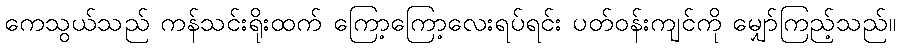
ကေသွယ်သည် ကန်သင်းရိုးထက် ကြော့ကြော့လေးရပ်ရင်း ပတ်ဝန်းကျင်ကို မျှော်ကြည့်သည်။